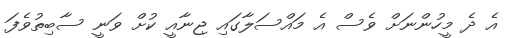
އެ ދެ މީހުންނަށް ވެސް އެ މައްސަލާގައި ޖިނާއީ ކުށް ވަނީ ސާބިތުވެފަ